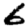
Digit: 6